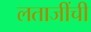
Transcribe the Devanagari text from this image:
लताजींची